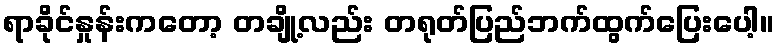
ရာခိုင်နှုန်းကတော့ တချို့လည်း တရုတ်ပြည်ဘက်ထွက်ပြေးပေါ့။